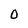
Character: 0